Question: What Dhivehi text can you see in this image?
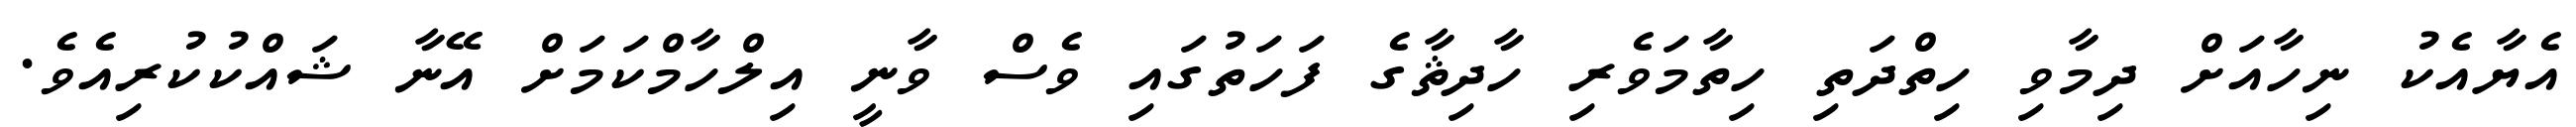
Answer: އެޔާއެކު ނިހާއަށް ދިމާވި ހިތްދަތި ހިތާމަވެރި ހާދިޘާގެ ފަހަތުގައި ވެސް ވާނީ އިލްހާމްކަމަށް އޭނާ ޝައްކުކުރިއެވެ.